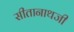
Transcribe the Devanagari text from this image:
सीतानाथजी